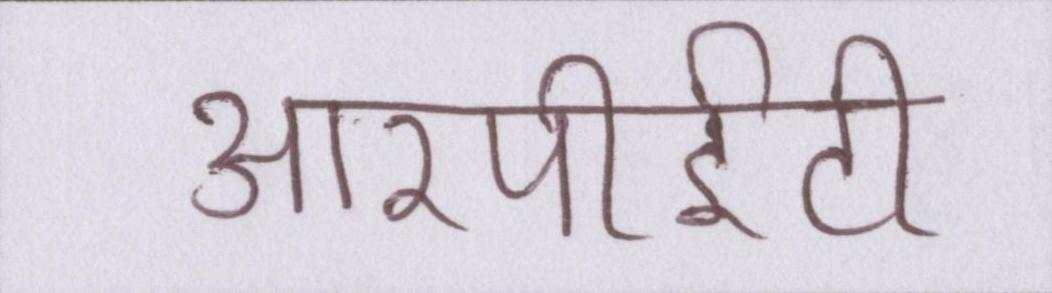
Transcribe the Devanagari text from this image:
आरपीईटी